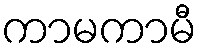
ကာမကာမီ